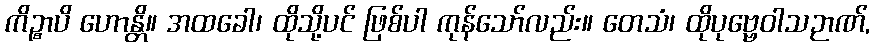
ကိဉ္စာပိ ဟောန္တိ။ အထခေါ၊ ထိုသို့ပင် ဖြစ်ပါ ကုန်သော်လည်း။ တေသံ၊ ထိုပုဗ္ဗေဝါသဉာဏ်,